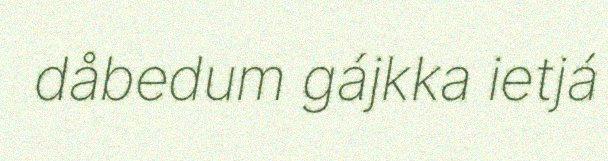
dåbedum gájkka ietjá